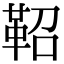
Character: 鞀